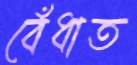
বেঁধাত